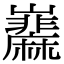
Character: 𡿌